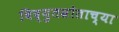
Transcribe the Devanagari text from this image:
विद्युतस्रोताच्या